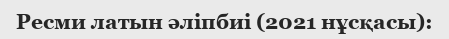
Ресми латын әліпбиі (2021 нұсқасы):